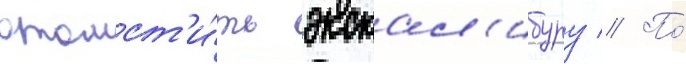
отомст'и́ть экскал'ибуру // По́